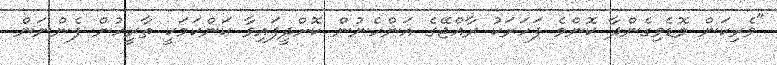
"ވެރިކަން މޮޑެވިގެންދާ ކޮންމެ ފަހަރަކު ރާއްޖޭގެ އަންހެނުން ކޮށްދީފައިވާ ކަންކަމަކީ ތާރީހުން ފެންނަން